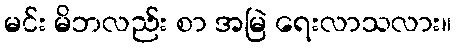
မင်း မိဘလည်း စာ အမြဲ ရေးလာသလား။